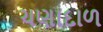
ચણાદાળ